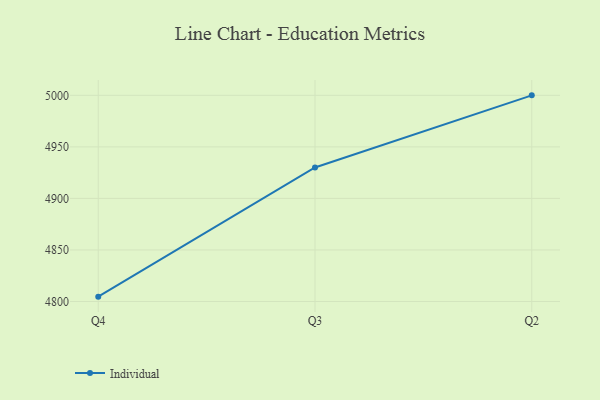
{"axis": {"x": "Quarter", "y": "Waste Production (Tons)"}, "legend": ["Individual"], "data": [{"x": "Q4", "y": 4804.7, "type": "Individual"}, {"x": "Q3", "y": 4930.0, "type": "Individual"}, {"x": "Q2", "y": 5000, "type": "Individual"}]}